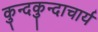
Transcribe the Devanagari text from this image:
कुन्दकुन्दाचार्य